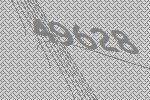
49628